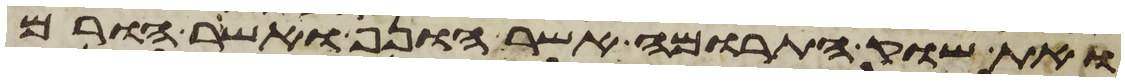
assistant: ואת שוק התרומה אשר הונף ואשר הורם